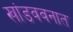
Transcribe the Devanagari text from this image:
खांडववनात